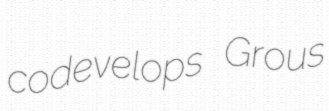
codevelops Grous